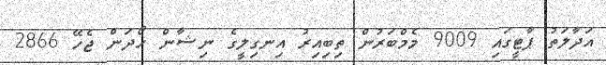
އަދާލަތު ޕާޓީގައި 9009 މެމްބަރުން ތިބިއިރު އިނގިލީގެ ނިޝާން ހޯދަން ޖެހޭ 2866